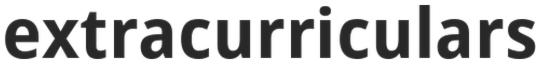
extracurriculars